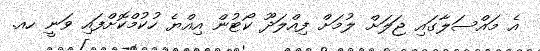
އެ މައްސަލާގައި ޖަލަށް ލުމަށް ފިއްލަދޫ ކޯޓުން އިއްޔެ ހުކުމްކޮށްފައި ވަނީ ހއ.